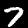
Label: 7